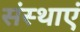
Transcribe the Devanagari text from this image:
संस्थाएं